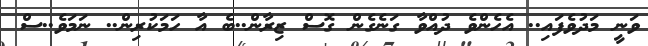
ވަނީ މަދުވެފައި.. އެހެންވެ ދުއްވާ ގަނެގެން ގޮސް ޒިރާން..ބެ އާ ހަމަކުރިން.. ނަމަވެ..ސް